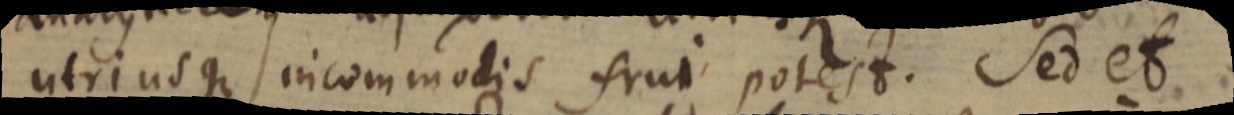
utriusque incommodis frui potest. Sed et